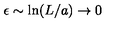
\epsilon \sim \mathrm { l n } ( L / a ) \to 0